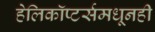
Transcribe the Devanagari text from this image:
हेलिकॉप्टर्समधूनही